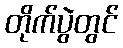
တိုက်ပွဲတွင်